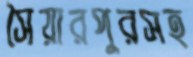
সৈয়ারপুরসহ